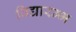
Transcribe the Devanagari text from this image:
विद्यारम्भ